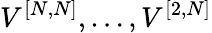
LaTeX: V^{[{N},{N}]},\ldots,V^{[{2},{N}]}